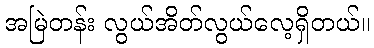
အမြဲတန်း လွယ်အိတ်လွယ်လေ့ရှိတယ်။